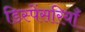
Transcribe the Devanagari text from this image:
डिस्पेंसरियाँ